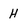
Character: H